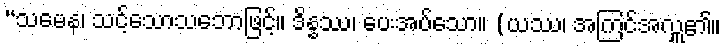
“သမေန၊ သင့်သောသဘောဖြင့်။ ဒိန္နဿ၊ ပေးအပ်သော။ (ယဿ၊ အကြင်အလှူ၏။